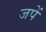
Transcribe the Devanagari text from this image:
जपें